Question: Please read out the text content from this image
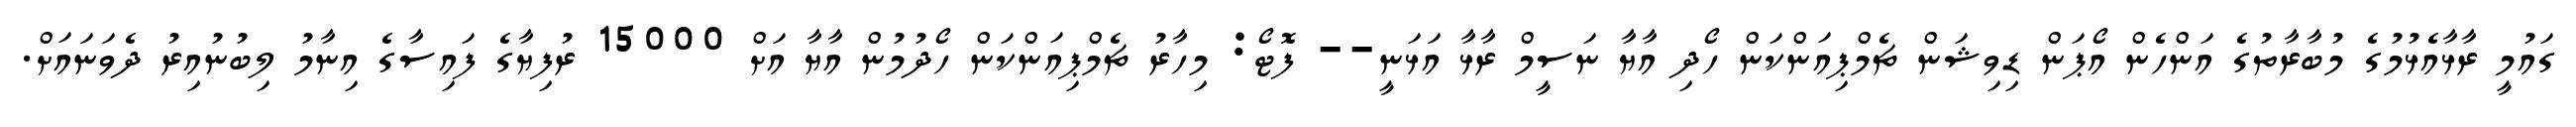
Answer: ގައުމީ ރާޅާއެޅުމުގެ މުބާރާތުގެ އަންހެން އޯޕަން ޑިވިޝަން ޗެމްޕިއަންކަން ހޯދި އާޔާ ނަސީމް ރާޅާ އަޅަނީ-- ފޮޓޯ: މިހާރު ޗެމްޕިއަންކަން ހޯދުމުން އާޔާ އަށް 15000 ރުފިޔާގެ ފައިސާގެ އިނާމު ލިބުނުއިރު ދެވަނައަށް.